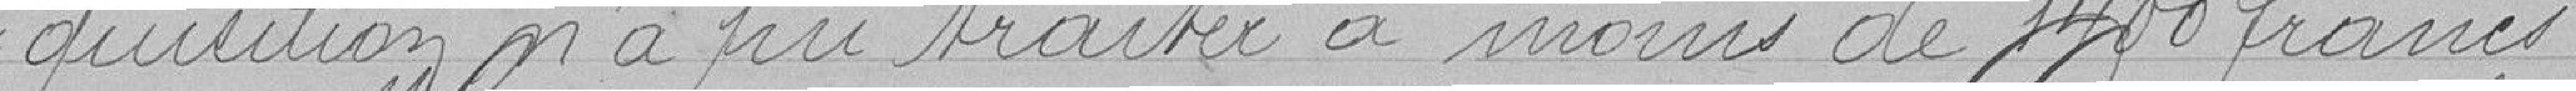
-quisition n'a pu traitée à moins de 1400 francs.